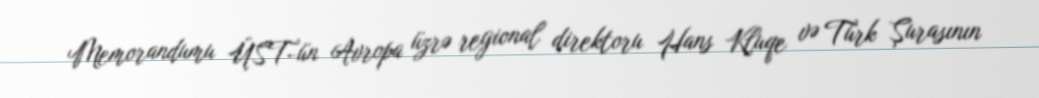
Memorandumu ÜST-ün Avropa üzrə regional direktoru Hans Kluqe və Türk Şurasının